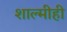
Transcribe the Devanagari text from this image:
शाल्मीही